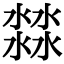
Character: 㵘